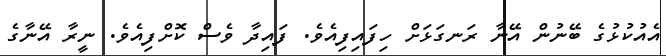
އެއުކުޅުގެ ބޭނުން އޭނާ ރަނގަޅަށް ހިފައިފިއެވެ. ފައިދާ ވެސް ކޮށްފިއެވެ. ނީރާ އޭނާގެ